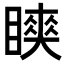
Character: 𬑨